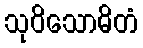
သုဝိသောဓိတံ